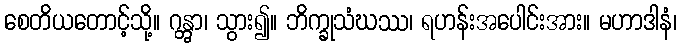
စေတိယတောင့်သို့။ ဂန္တွာ၊ သွား၍။ ဘိက္ခုသံဃဿ၊ ရဟန်းအပေါင်းအား။ မဟာဒါနံ၊